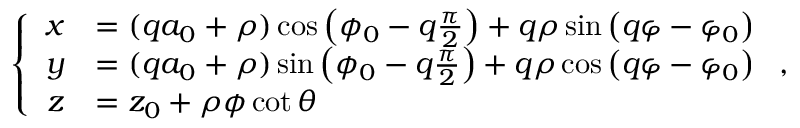
\left\{ \begin{array} { r l } { x } & { = ( q a _ { 0 } + \rho ) \cos \left( \phi _ { 0 } - q \frac { \pi } { 2 } \right) + q \rho \sin \left( q \varphi - \varphi _ { 0 } \right) } \\ { y } & { = ( q a _ { 0 } + \rho ) \sin \left( \phi _ { 0 } - q \frac { \pi } { 2 } \right) + q \rho \cos \left( q \varphi - \varphi _ { 0 } \right) } \\ { z } & { = z _ { 0 } + \rho \phi \cot { \theta } } \end{array} \right. ,